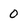
Character: 0